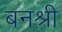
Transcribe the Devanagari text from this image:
बनश्री